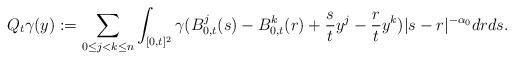
LaTeX: \begin{align*}Q_t\gamma(y):= \sum_{0\le j<k \le n} \int_{[0,t]^2} \gamma(B^j_{0,t}(s)- B^k_{0,t}(r) + \frac s t y^j -\frac rt y^k) {|s-r|^{-\alpha_0}} drds.\end{align*}